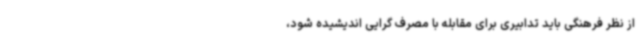
از نظر فرهنگی باید تدابیری برای مقابله با مصرف گرایی اندیشیده شود،